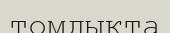
томдықта